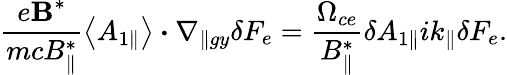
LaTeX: \frac{e\textbf{B}^{*}}{mcB_{\parallel}^{*}}\left<A_{1\parallel}\right>\boldsymbol{\cdot}\nabla_{\parallel gy}\delta F_{e}=\frac{\Omega_{ce}}{B_{\parallel}^{*}}\delta A_{1\parallel}ik_{\parallel}\delta F_{e}.